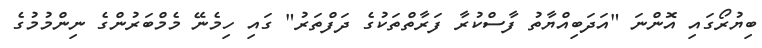
ބިޔުރޯގައި އޮންނަ "އަދަބިއްޔާތު ފާސްކުރާ ފަރާތްތަކުގެ ދަފްތަރު" ގައި ހިމެނޭ މެމްބަރުންގެ ނިންމުމުގެ